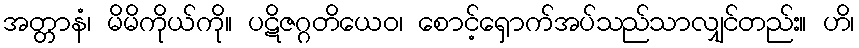
အတ္တာနံ၊ မိမိကိုယ်ကို။ ပဋိဇဂ္ဂတိယေဝ၊ စောင့်ရှောက်အပ်သည်သာလျှင်တည်း။ ဟိ၊